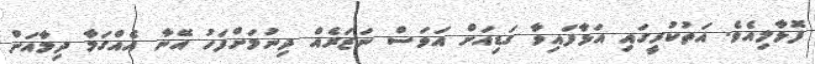
ފޮޅާލިއެވެ. އަތުކުރީގައި އަޅާފައިވާ ގަޑިއަށް އަވަސް ނަޒަރެއް ދިނުމަށްފަހު އޭނާ އެއްގަމާ ދިމާއަށް